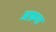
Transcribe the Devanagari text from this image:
अफ़गा